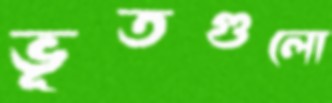
ভূতগুলো